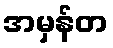
အမှန်တ